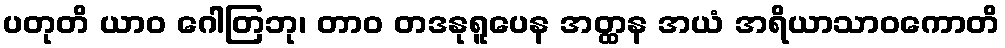
ပတုတိ ယာဝ ဂေါတြဘု၊ တာဝ တဒနုရူပေန အတ္ထန အယံ အရိယာသာဝကောတိ